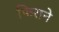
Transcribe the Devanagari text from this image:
फिराने